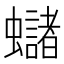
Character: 蠩